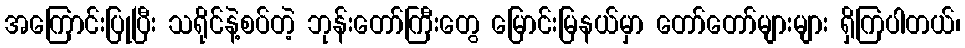
အကြောင်းပြုပြီး သရိုင်နဲ့စပ်တဲ့ ဘုန်းတော်ကြီးတွေ မြောင်းမြနယ်မှာ တော်တော်များများ ရှိကြပါတယ်၊